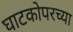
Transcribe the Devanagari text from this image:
घाटकोपरच्या